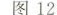
图12